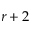
r + 2